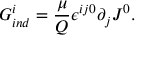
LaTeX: G _ { i n d } ^ { i } = \frac { \mu } { Q } { \epsilon } ^ { i j 0 } \partial _ { j } J ^ { 0 } .